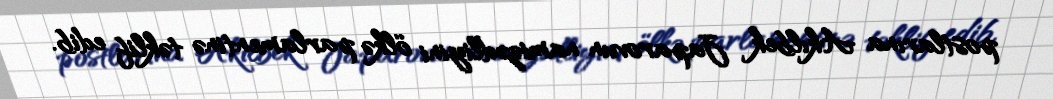
postlarına Akılbek Japarovun namizədliyini ölkə parlamentinə təklif edib.